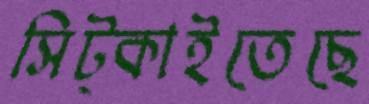
সিট্‌কাইতেছে